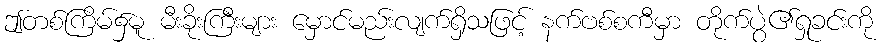
ဤတစ်ကြိမ်၌မူ မီးခိုးကြီးများ မှောင်မည်းလျက်ရှိသဖြင့် နက်ဗစ်စကီမှာ တိုက်ပွဲ၏ရှုခင်းကို